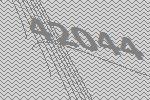
42044